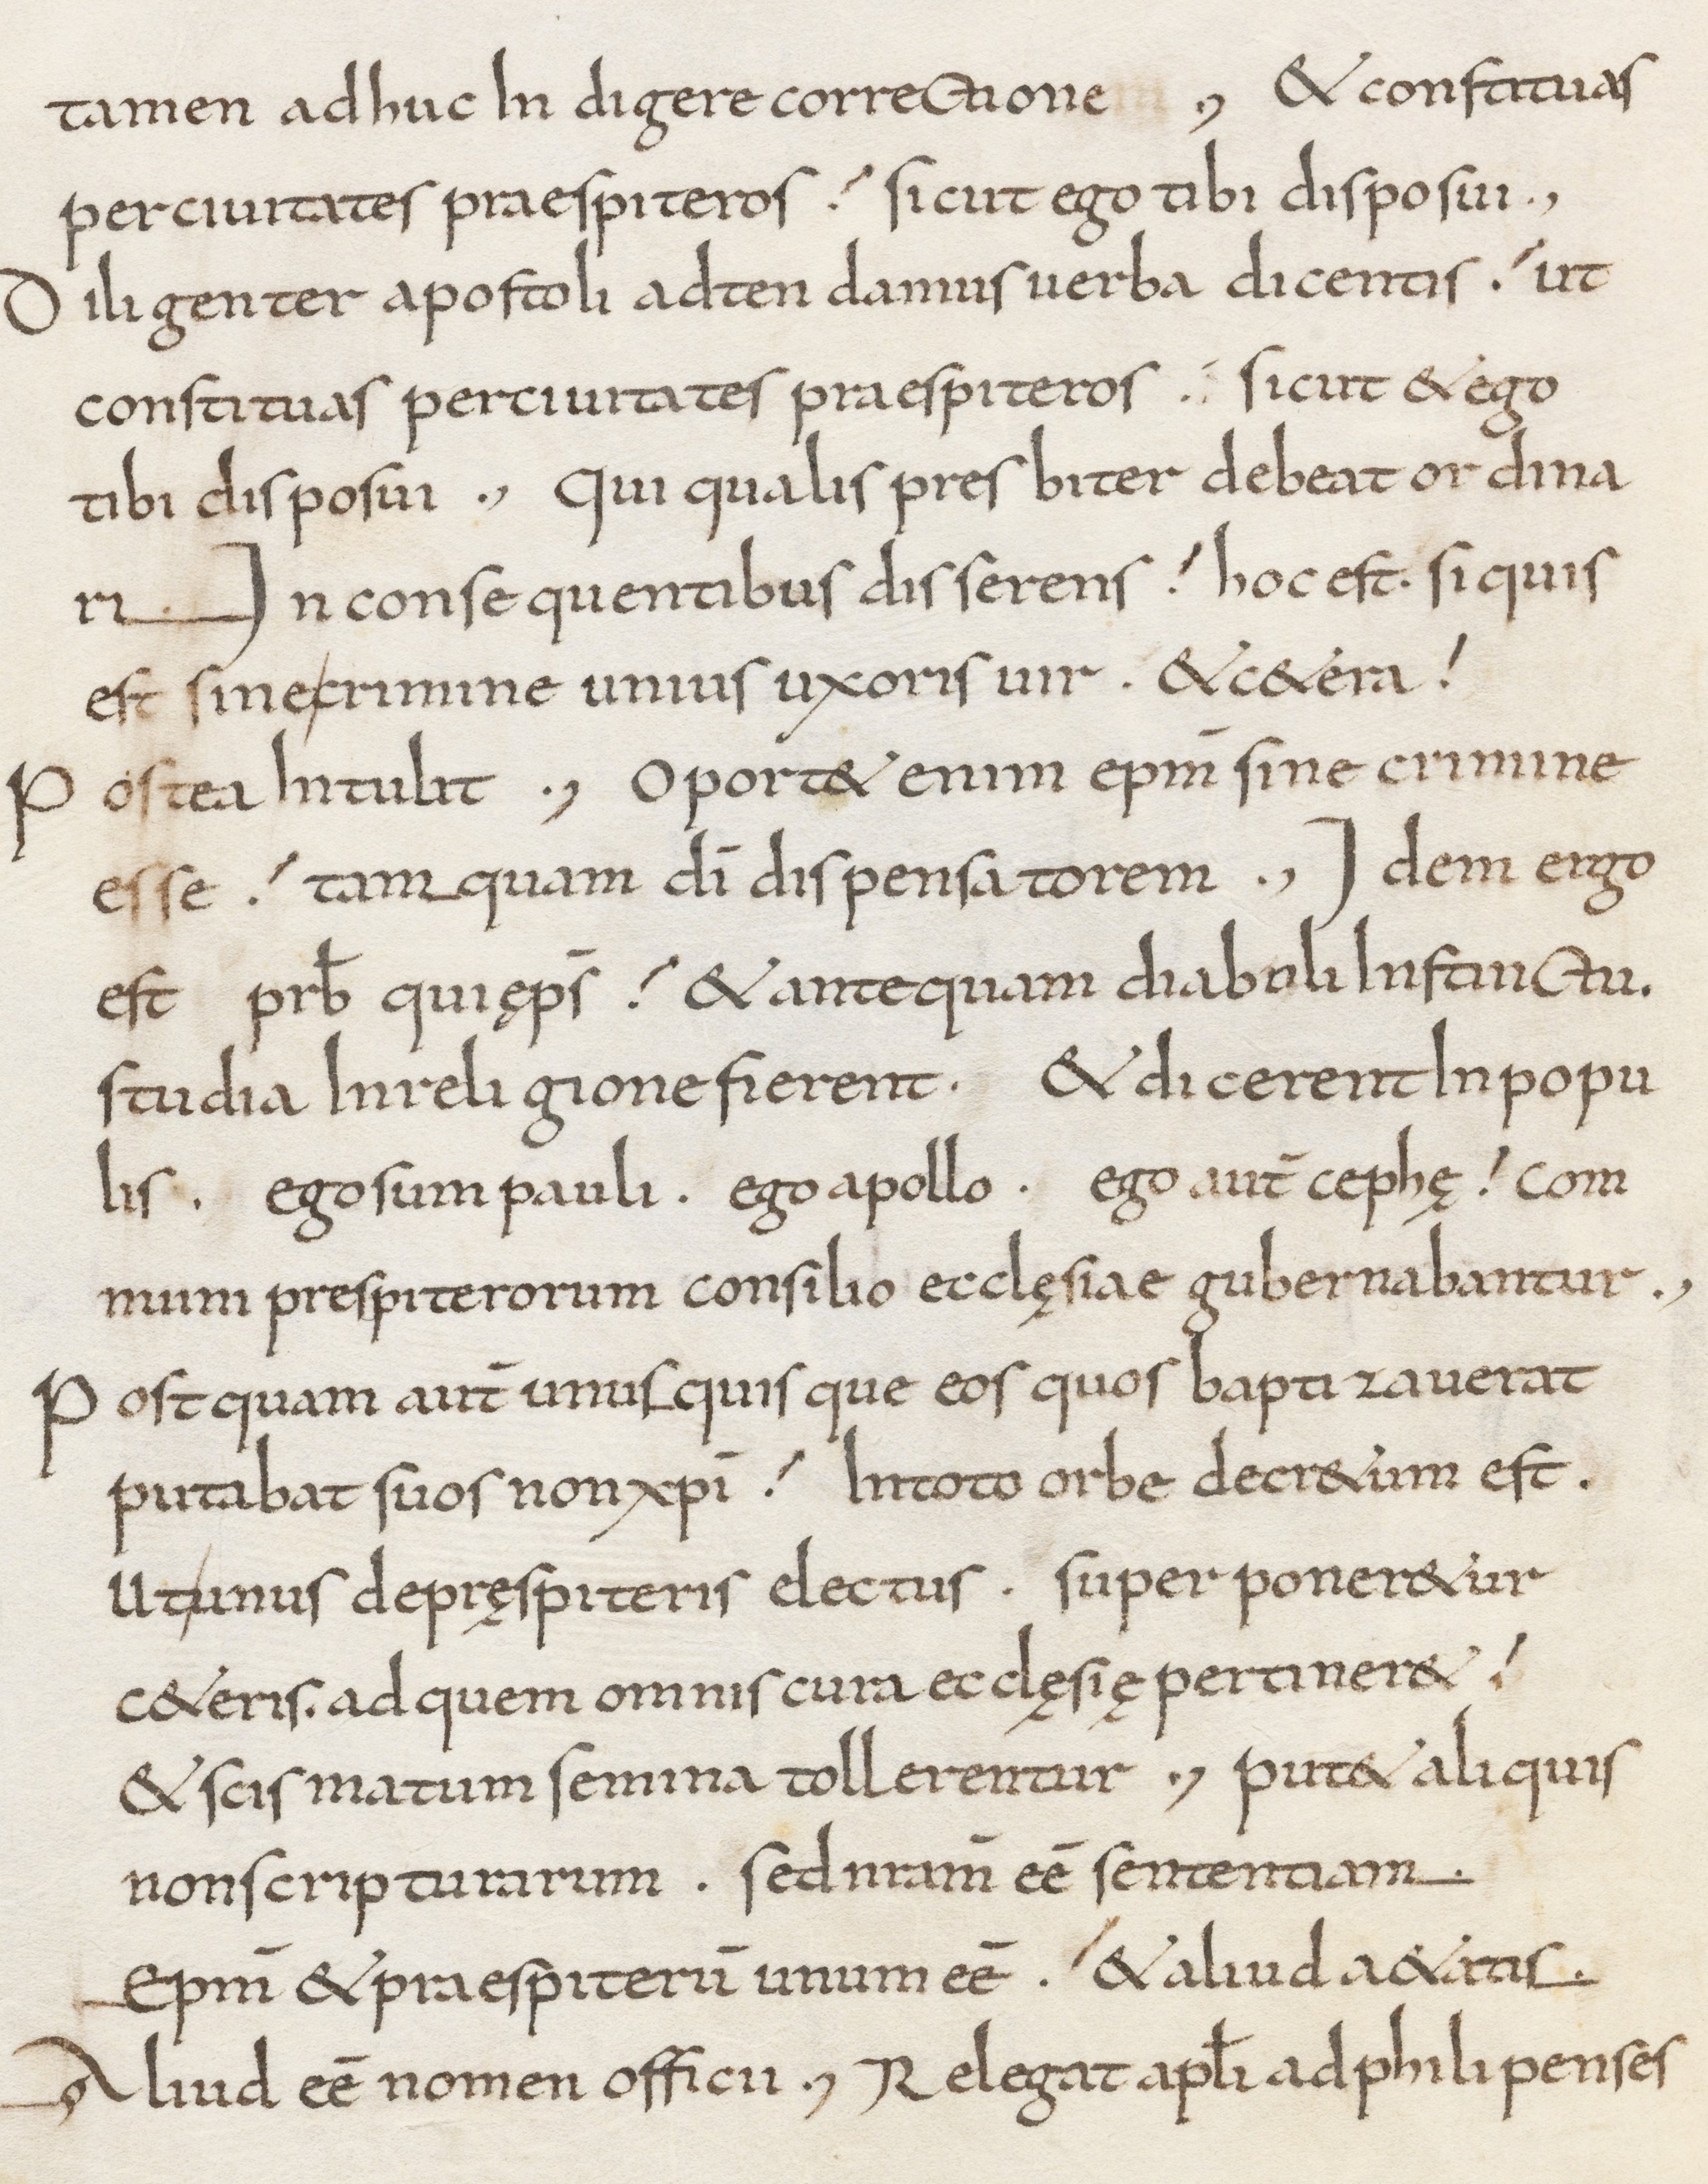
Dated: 800–849